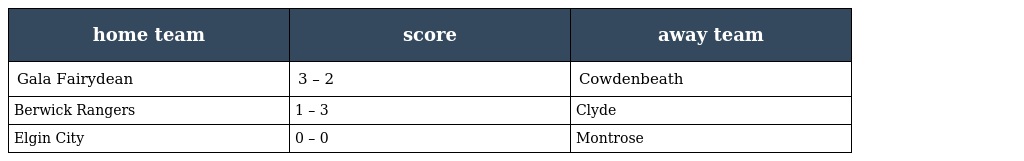
| home team | score | away team |
 | --- | --- | --- |
 | Gala Fairydean | 3 – 2 | Cowdenbeath |
 | Berwick Rangers | 1 – 3 | Clyde |
 | Elgin City | 0 – 0 | Montrose |